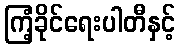
ကြံ့ခိုင်ရေးပါတီနှင့်